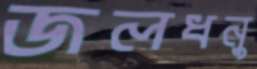
জলধনু